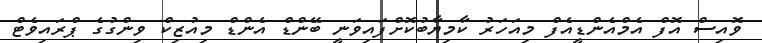
ވޮއިސް އޮފް އެމްއެންޑީއެފް މިއަހަރު ކާމިޔާބުކޮށްފައިވަނީ ބޭންޑް އެންޑް މިއުޒިކް ވިންގުގެ ޕްރައިވެޓް